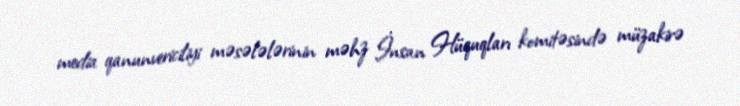
media qanunvericiliyi məsələlərinin məhz İnsan Hüquqları komitəsində müzakirə